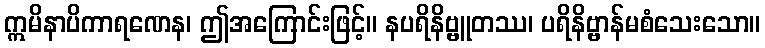
ဣမိနာပိကာရဏေန၊ ဤအကြောင်းဖြင့်။ နပရိနိဗ္ဗူတဿ၊ ပရိနိဗ္ဗာန်မစံသေးသော။